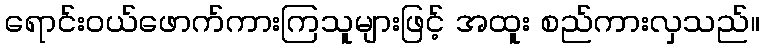
ရောင်းဝယ်ဖောက်ကားကြသူများဖြင့် အထူး စည်ကားလှသည်။